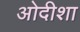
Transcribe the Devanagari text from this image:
ओदीशा